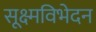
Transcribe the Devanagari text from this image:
सूक्ष्मविभेदन